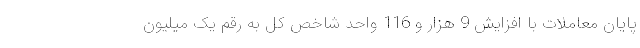
پایان معاملات با افزایش 9 هزار و 116 واحد شاخص کل به رقم یک میلیون